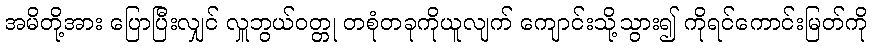
အမိတို့အား ပြောပြီးလျှင် လှူဘွယ်ဝတ္တု တစုံတခုကိုယူလျက် ကျောင်းသို့သွား၍ ကိုရင်ကောင်းမြတ်ကို